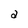
Character: a